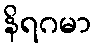
နိရဂမာ